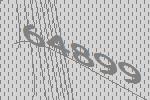
64899